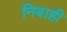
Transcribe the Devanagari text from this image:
निबाही